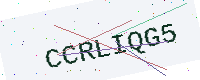
Text: CCRLIQG5